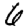
Digit: 6